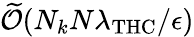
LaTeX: \widetilde{\mathcal{O}}(N_{k}N\lambda_{\mathrm{THC}}/\epsilon)